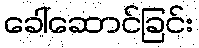
ခေါ်ဆောင်ခြင်း